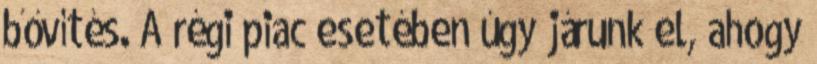
bővítés. A régi piac esetében úgy járunk el, ahogy